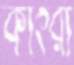
কাৎরা